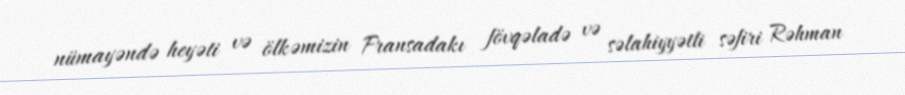
nümayəndə heyəti və ölkəmizin Fransadakı fövqəladə və səlahiyyətli səfiri Rəhman